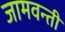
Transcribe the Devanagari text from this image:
जामवन्ती